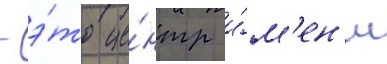
- э́то це́нтр и́м'ен'и